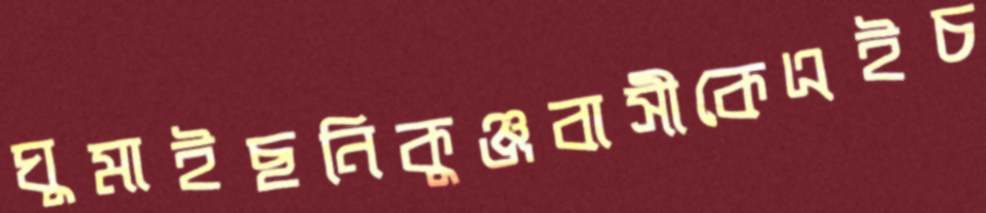
ঘুমাইছনিকুঞ্জবাসীকেএইচ